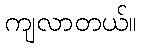
ကျလာတယ်။